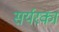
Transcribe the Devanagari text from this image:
सर्यरका